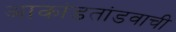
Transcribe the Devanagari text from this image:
आकांडतांडवाची